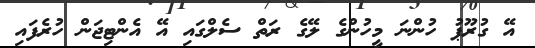
އޭ ގުރޫޕު ހުންނަ މީހުންގެ ލޭގެ ރަތް ސެލްގައި އޭ އެންޓިޖަން ހުރެފައި